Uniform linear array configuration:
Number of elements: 12
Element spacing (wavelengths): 0.5
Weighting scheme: blackman
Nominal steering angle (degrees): -60
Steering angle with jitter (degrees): -58.866
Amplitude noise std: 0.05
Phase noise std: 0.05

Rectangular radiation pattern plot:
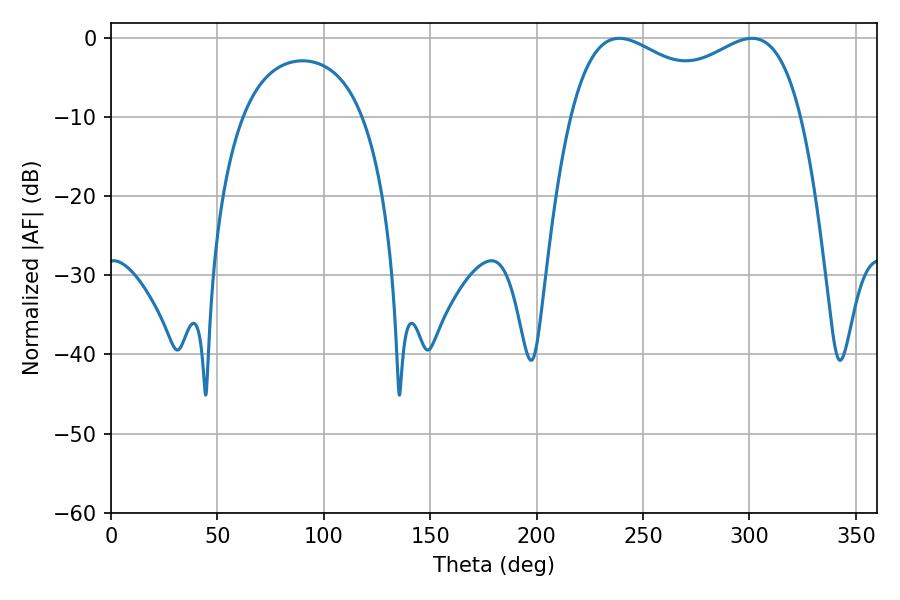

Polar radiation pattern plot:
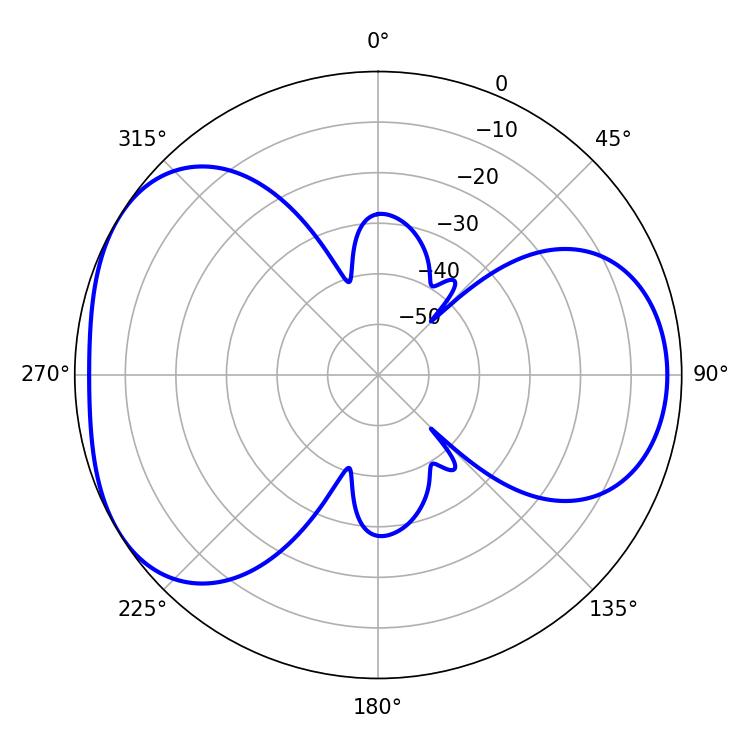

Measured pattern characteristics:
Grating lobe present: FALSE
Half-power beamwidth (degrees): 90
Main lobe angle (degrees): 238.86